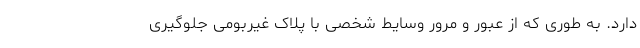
دارد. به طوری که از عبور و مرور وسایط شخصی با پلاک غیربومی جلوگیری